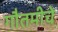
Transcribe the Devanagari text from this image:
गौतमीचे